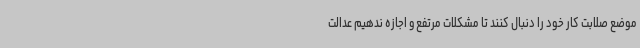
موضع صلابت کار خود را دنبال کنند تا مشکلات مرتفع و اجازه ندهیم عدالت